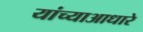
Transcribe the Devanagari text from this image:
यांच्याआधारे